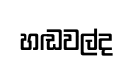
හඬවල්ද